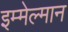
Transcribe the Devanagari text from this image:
इम्मेल्मान